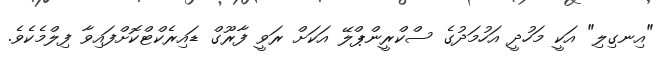
"އިނގިލި" އަކީ މަހުދީ އަހުމަދުގެ ސްކްރީންޕްލޭ އަކަށް ރަވީ ފާރޫގް ޑައިރެކްޓްކޮށްފައިވާ ފިލްމެކެވެ.